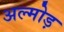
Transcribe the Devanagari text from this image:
अल्मोड़